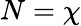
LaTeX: N=\chi